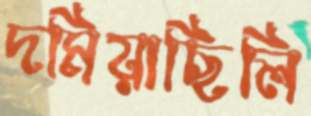
দমিয়াছিলি